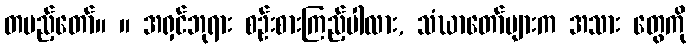
တပည့်တော်။ ။ အရှင်ဘုရား စဉ်းစားကြည့်ပါလား, သံဃာတော်များက အသား တွေကို